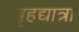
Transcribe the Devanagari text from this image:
बृहद्यात्रा